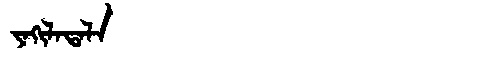
Manchu: ᠶᠠᡴᡳᠯᠠᡨᠠᠯᠠ
Romanization: YAKILATALA